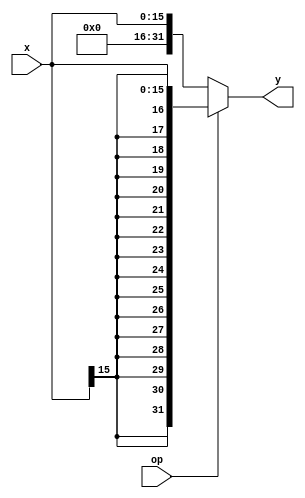

`timescale 1ns/1ns

module zsExt(x, y, op);
	parameter size = 16;
	input [size - 1 : 0] x;
	input op;
	output [31 : 0]y;

	assign y = (op == 1) ? {{(32-size){x[size - 1]}}, x[size - 1 : 0]} : {{(32 -  size){1'b0}}, x};
endmodule